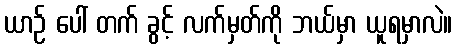
ယာဉ် ပေါ် တက် ခွင့် လက်မှတ်ကို ဘယ်မှာ ယူရမှာလဲ။